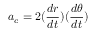
a _ { c } = 2 ( { \frac { d r } { d t } } ) ( { \frac { d \theta } { d t } } )